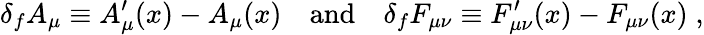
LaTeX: \delta_{f}A_{\mu}\equiv A_{\mu}^{\prime}(x)-A_{\mu}(x)\quad\mathrm{and}\quad\delta_{f}F_{\mu\nu}\equiv F_{\mu\nu}^{\prime}(x)-F_{\mu\nu}(x)\; ,